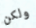
ولكن